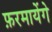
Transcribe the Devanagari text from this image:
फ़रमायेंगे